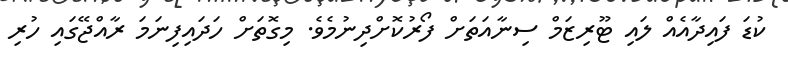
ކުޑަ ފައިދާއެއް ލައި ޓޫރިޒަމް ސިނާއަތަށް ފޯރުކޮށްދިނުމެވެ. މިގޮތަށް ހަދައިފިނަމަ ރާއްޖޭގައި ހުރި